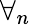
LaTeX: \forall_{n}